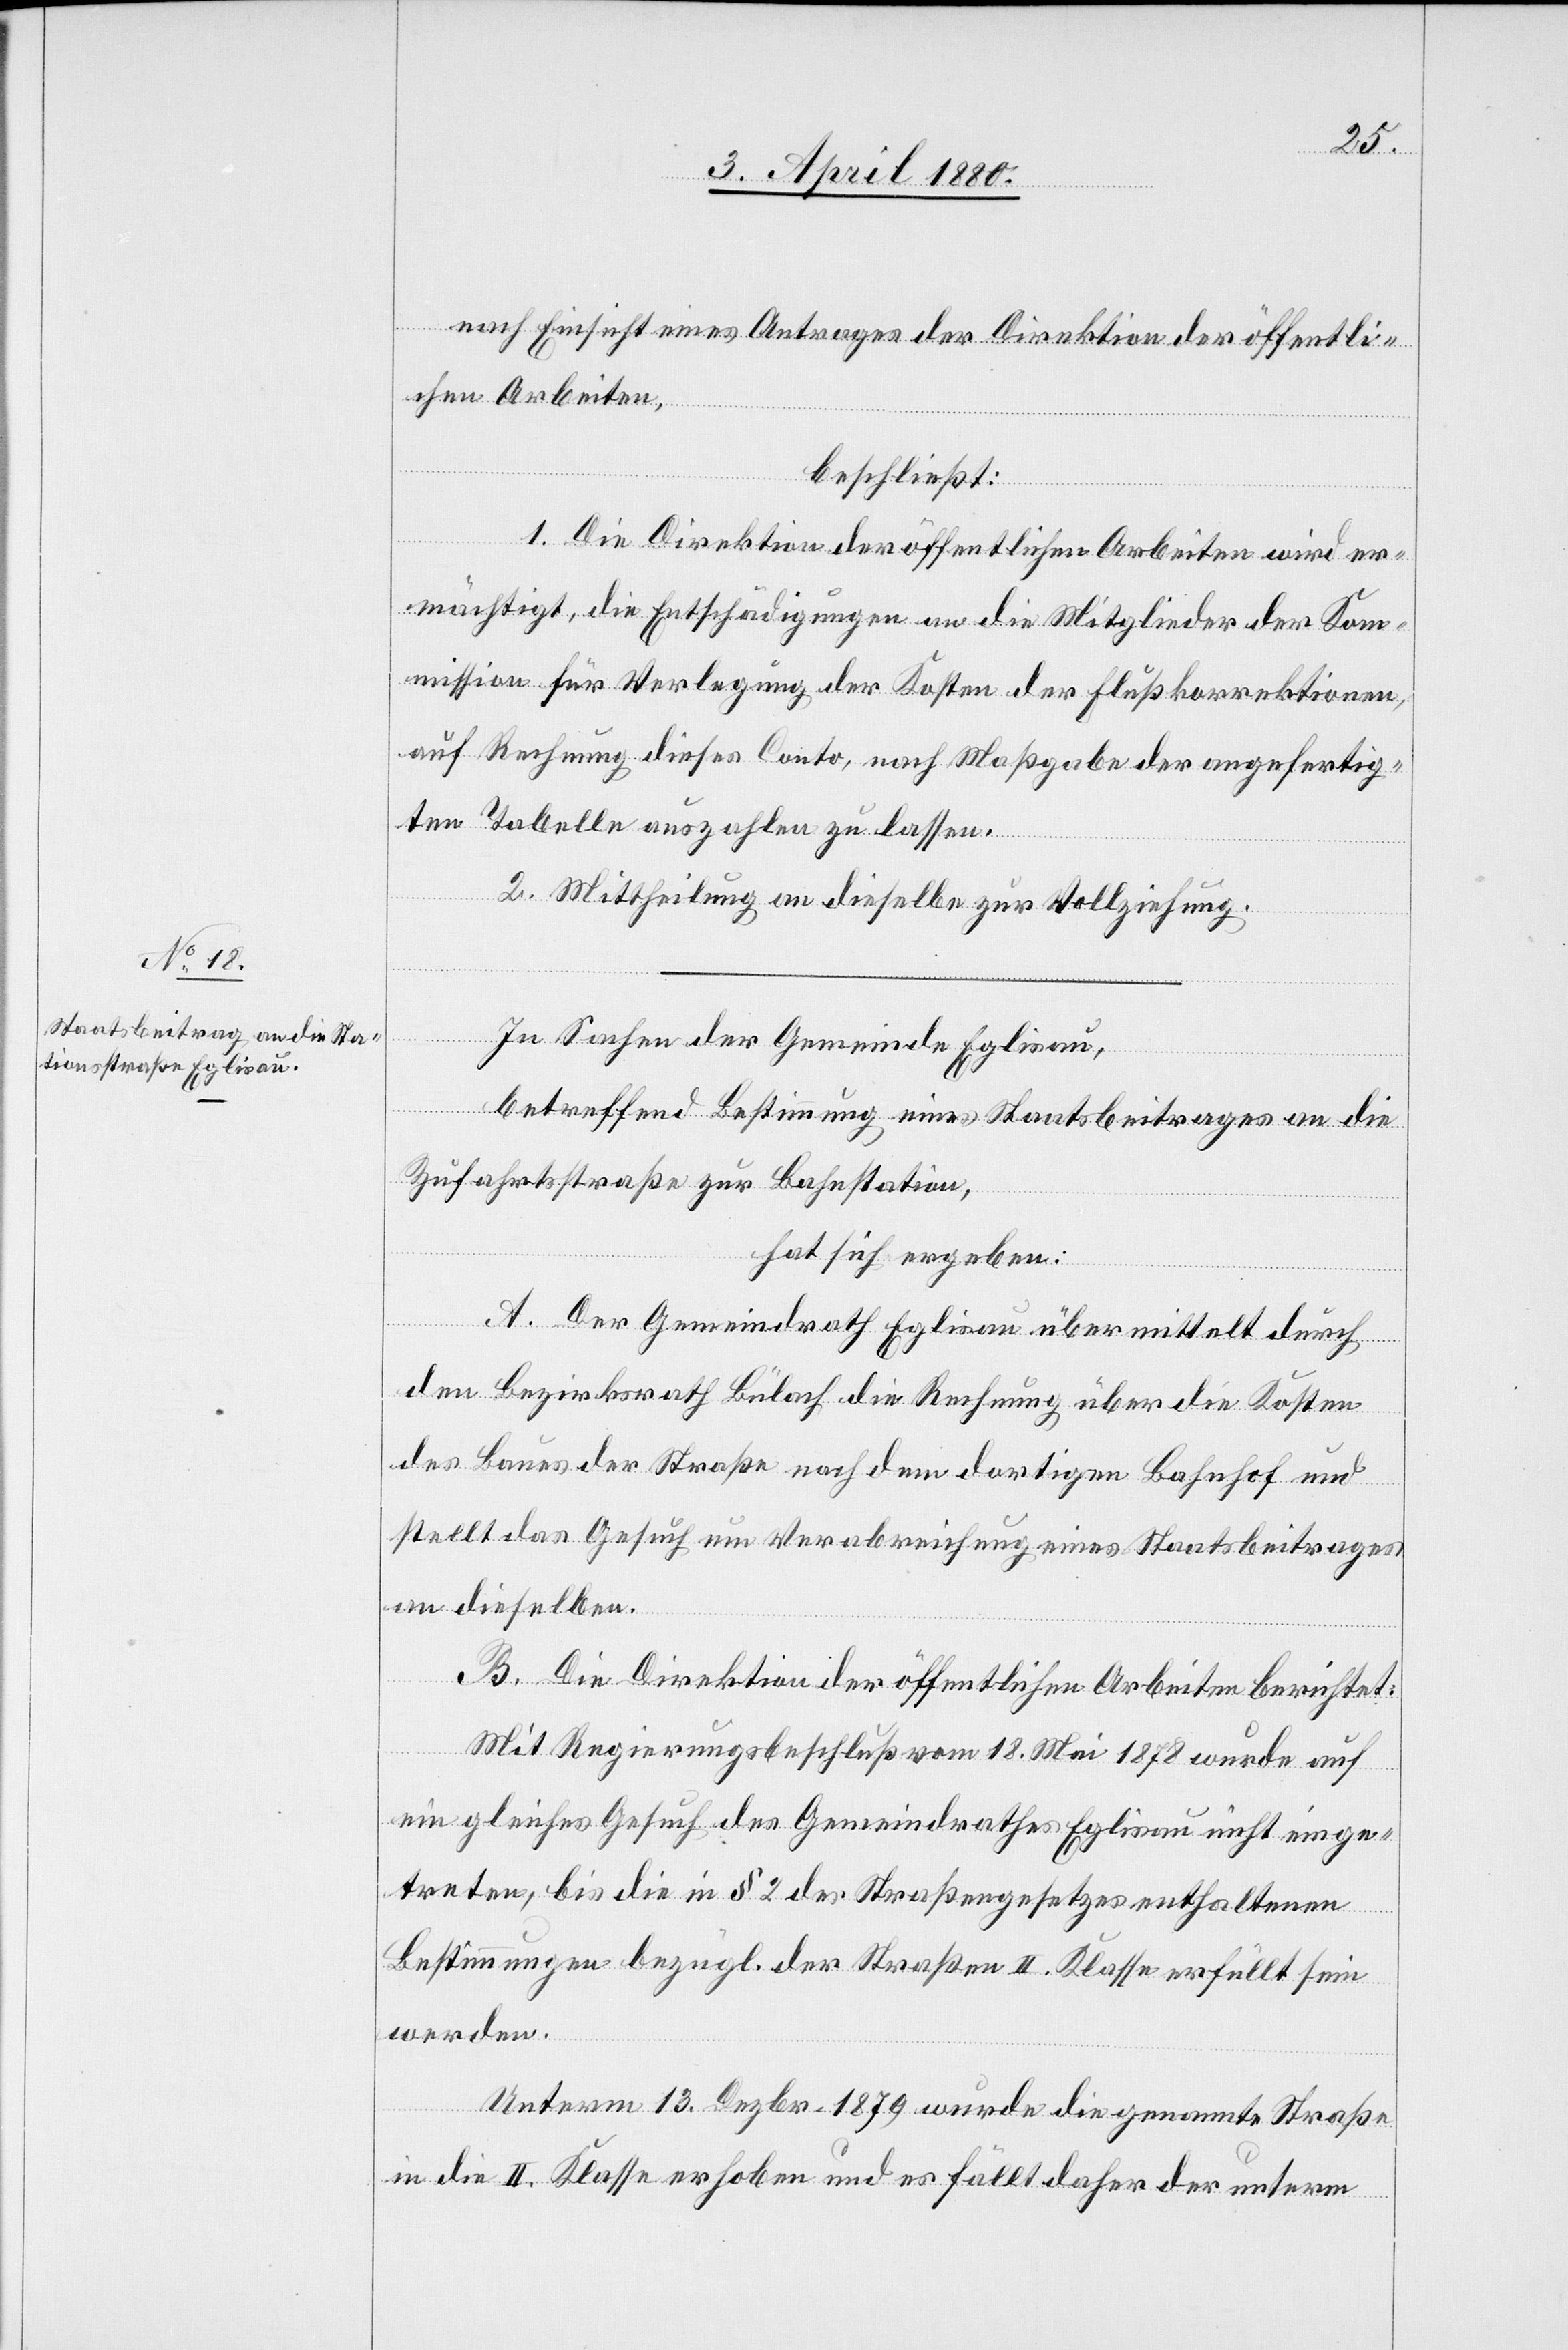
nach Einsicht eines Antrages der Direktion der öffentli¬
chen Arbeiten,
beschließt:
1. Die Direktion der öffentlichen Arbeiten wird er¬
mächtigt, die Entschädigungen an die Mitglieder der Kom¬
mission für Verlegung der Kosten der Flußkorrektionen,
auf Rechnung dieses Conto, nach Maßgabe der angefertig¬
ten Tabelle auszahlen zu lassen.
2. Mittheilung an dieselbe zur Vollziehung.
In Sachen der Gemeinde Eglisau,
betreffen Bestimmung eines Staatsbeitrages an die
Zufahrtsstraße zur Bahnstation,
hat sich ergeben:
A. Der Gemeindrath Eglisau übermittelt durch
den Bezirksrath Bülach die Rechnung über die Kosten
des Baues der Straße nach dem dortigen Bahnhof und
stellt das Gesuch um Verabreichung eines Staatsbeitrages
an dieselben.
B. Die Direktion der öffentlichen Arbeiten berichtet:
Mit Regierungsbeschluß vom 18. Mai 1878 wurde auf
ein gleiches Gesuch des Gemeindrathes Eglisau nicht einge¬
treten, bis die in § 3 des Straßengesetzes enthaltenen
Bestimmungen bezügl. der Straßen II. Klasse erfüllt sein
werden.
Unterm 13. Dezbr. 1879 wurde die genannte Straße
in die II. Klasse erhoben und es fällt daher der unterm